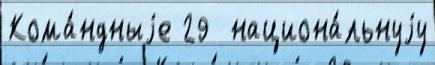
Кома́ндныjе 29  национа́льнуjу